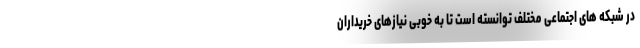
در شبکه های اجتماعی مختلف توانسته است تا به خوبی نیازهای خریداران